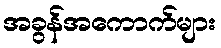
အခွန်အကောက်များ